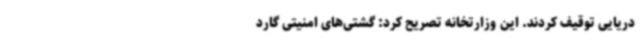
دریایی توقیف کردند. این وزارتخانه تصریح کرد: گشتی‌های امنیتی گارد